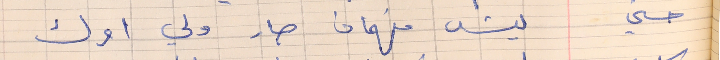
حسني      ليش فهمان صار ولي امرك